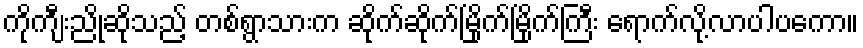
ကိုကျီးညိုဆိုသည့် တစ်ရွာသားက ဆိုက်ဆိုက်မြိုက်မြိုက်ကြီး ရောက်လို့လာပါပကော။